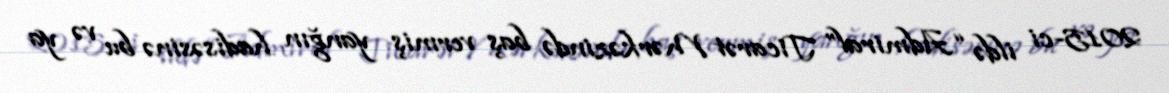
2015-ci ildə “Admiral” Ticarət Mərkəzində baş vermiş yanğın hadisəsinə bu və ya